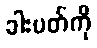
ခါးပတ်ကို